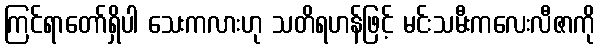
ကြင်ရာတော်ရှိပါ သေးကလားဟု သတိရဟန်ဖြင့် မင်းသမီးကလေးလီဇာကို